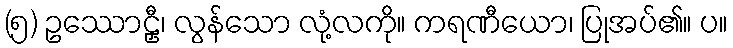
(၅) ဥဿောဠှီ၊ လွန်သော လုံ့လကို။ ကရဏီယော၊ ပြုအပ်၏။ ပ။